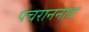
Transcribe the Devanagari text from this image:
पचराननाथ